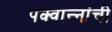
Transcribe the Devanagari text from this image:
पक्वान्‍नांची